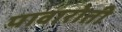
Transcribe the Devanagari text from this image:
पावारोती